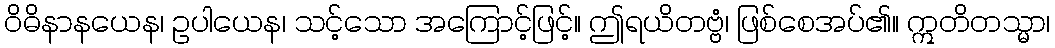
ဝိဓိနာနယေန၊ ဥပါယေန၊ သင့်သော အကြောင့်ဖြင့်။ ဤရယိတဗ္ဗံ၊ ဖြစ်စေအပ်၏။ ဣတိတသ္မာ၊